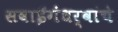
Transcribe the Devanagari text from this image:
सवाईगंधर्वांचे